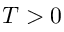
T > 0